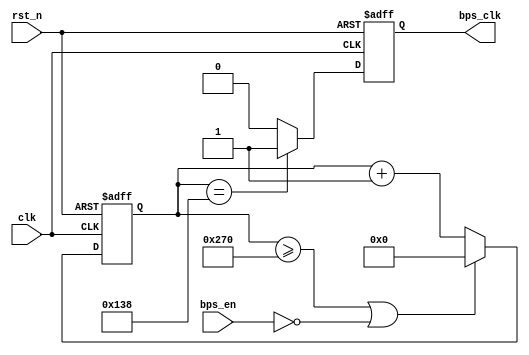
/*
Baud_rx 
#(
	.BPS_PARA(104)
)
b1(
	.clk(clk),
	.rst_n(rst_n),
	.bps_en(),
	.bps_clk()
);

*/
module Baud_rx #
(
parameter				BPS_PARA = 625 //
)
(
input					clk,		//
input					rst_n,	//
input					bps_en,		//
output	reg				bps_clk		//
);	
 
reg				[12:0]	cnt;
//
always @ (posedge clk or negedge rst_n) begin
	if(!rst_n) 
		cnt <= 1'b0;
	else if((cnt >= BPS_PARA-1)||(!bps_en)) //bps_en
		cnt <= 1'b0;						//BPS_PARA
	else 
		cnt <= cnt + 1'b1;
end
 
//UART
always @ (posedge clk or negedge rst_n)
	begin
		if(!rst_n) 
			bps_clk <= 1'b0;
		else if(cnt == (BPS_PARA>>1)) 	//BPS_PARA2BPS_PARA
			bps_clk <= 1'b1;	
		else 
			bps_clk <= 1'b0;
	end
 
endmodule